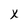
Character: x